Problem: 1 + 33 = ?
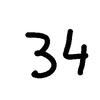
Handwritten answer: 34